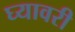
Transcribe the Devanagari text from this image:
घ्यावरी